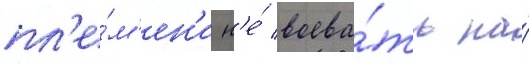
пл'е́м'ен'и н'е́ воева́ть на́